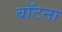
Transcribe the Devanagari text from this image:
बॉटना